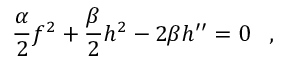
{ \frac { \alpha } { 2 } } f ^ { 2 } + { \frac { \beta } { 2 } } h ^ { 2 } - 2 \beta h ^ { \prime \prime } = 0 \; \; \; ,